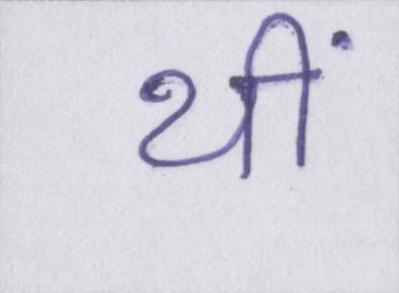
थीं